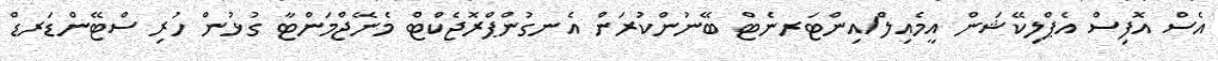
އެސް އޮފިސް އެޕްލިކޭޝަން އީމެއިލް/އިންޓަރނެޓް ބޭނުންކުރަން އެނގުންޕްރޮޖެކްޓް މެނޭޖްމަންޓާ ގުޅުން ހުރި ސްޓޭންޑަރޑް